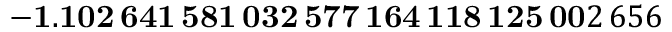
\mathbf { - 1 . 1 0 2 \, 6 4 1 \, 5 8 1 \, 0 3 2 \, 5 7 7 \, 1 6 4 \, 1 1 8 \, 1 2 5 \, 0 0 } 2 \, 6 5 6